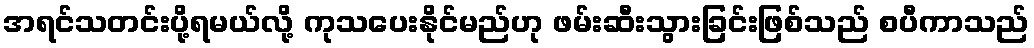
အရင်သတင်းပို့ရမယ်လို့ ကုသပေးနိုင်မည်ဟု ဖမ်းဆီးသွားခြင်းဖြစ်သည် စပီကာသည်